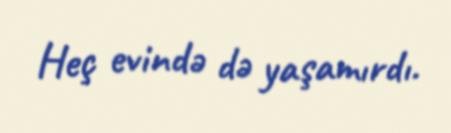
Heç evində də yaşamırdı.